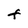
Character: F